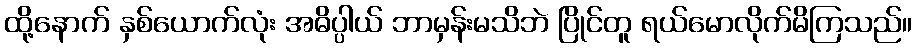
ထို့နောက် နှစ်ယောက်လုံး အဓိပ္ပါယ် ဘာမှန်းမသိဘဲ ပြိုင်တူ ရယ်မောလိုက်မိကြသည်။